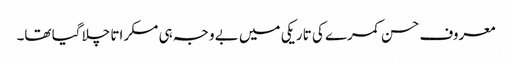
معروف حسن کمرے کی تاریکی میں بے وجہ ہی مسکراتا چلا گیا تھا۔